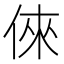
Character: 倈